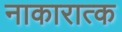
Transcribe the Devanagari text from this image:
नाकारात्क